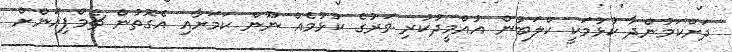
ދަށްކަމުންދާ ކުޅުމަކީ ކްލަބުން އުއްމީދުކުރި ވަރުގެ ކުޅުމެއް ނޫން ކަމަށާއި އެގޮތުން ޗެމްޕިއަންށް